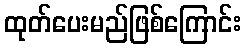
ထုတ်ပေးမည်ဖြစ်ကြောင်း